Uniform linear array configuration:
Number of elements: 16
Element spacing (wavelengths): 1
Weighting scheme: exponential
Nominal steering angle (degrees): -60
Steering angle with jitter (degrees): -60.015
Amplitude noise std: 0.05
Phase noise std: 0.05

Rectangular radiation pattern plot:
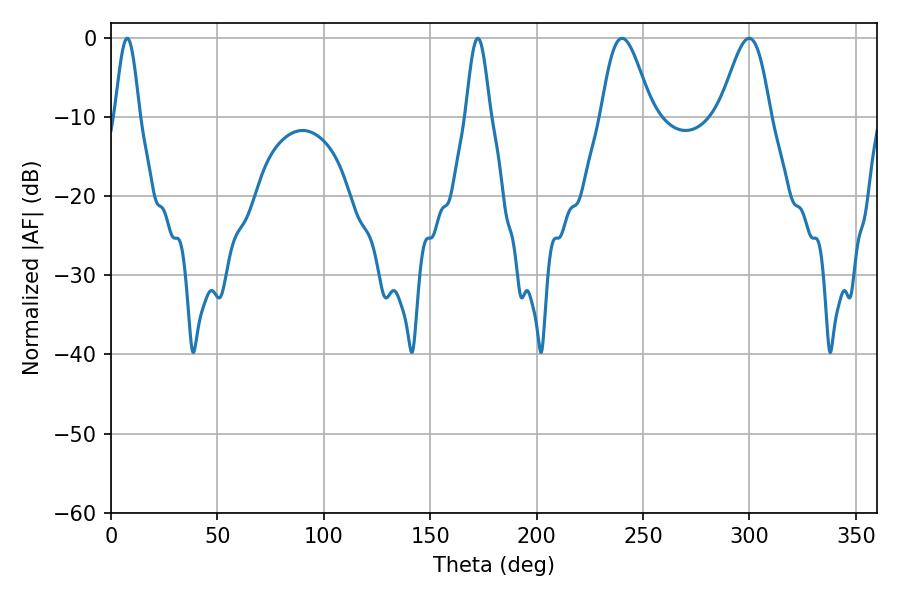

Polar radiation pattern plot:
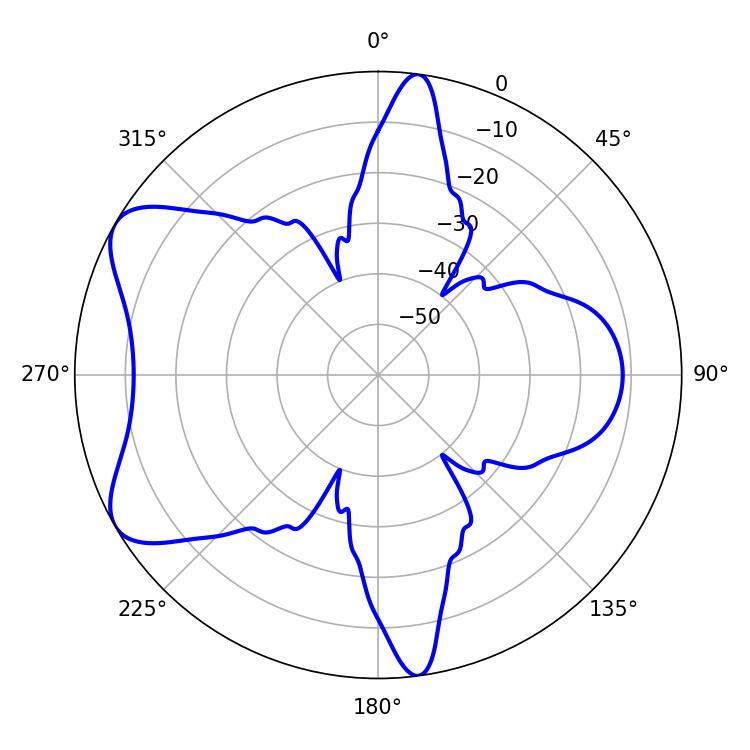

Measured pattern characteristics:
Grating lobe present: TRUE
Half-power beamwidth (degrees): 12.6
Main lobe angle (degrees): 240.12